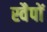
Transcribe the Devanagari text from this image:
स्वैपों